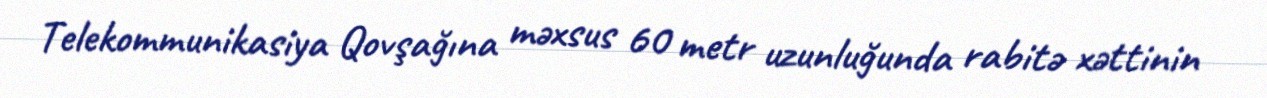
Telekommunikasiya Qovşağına məxsus 60 metr uzunluğunda rabitə xəttinin